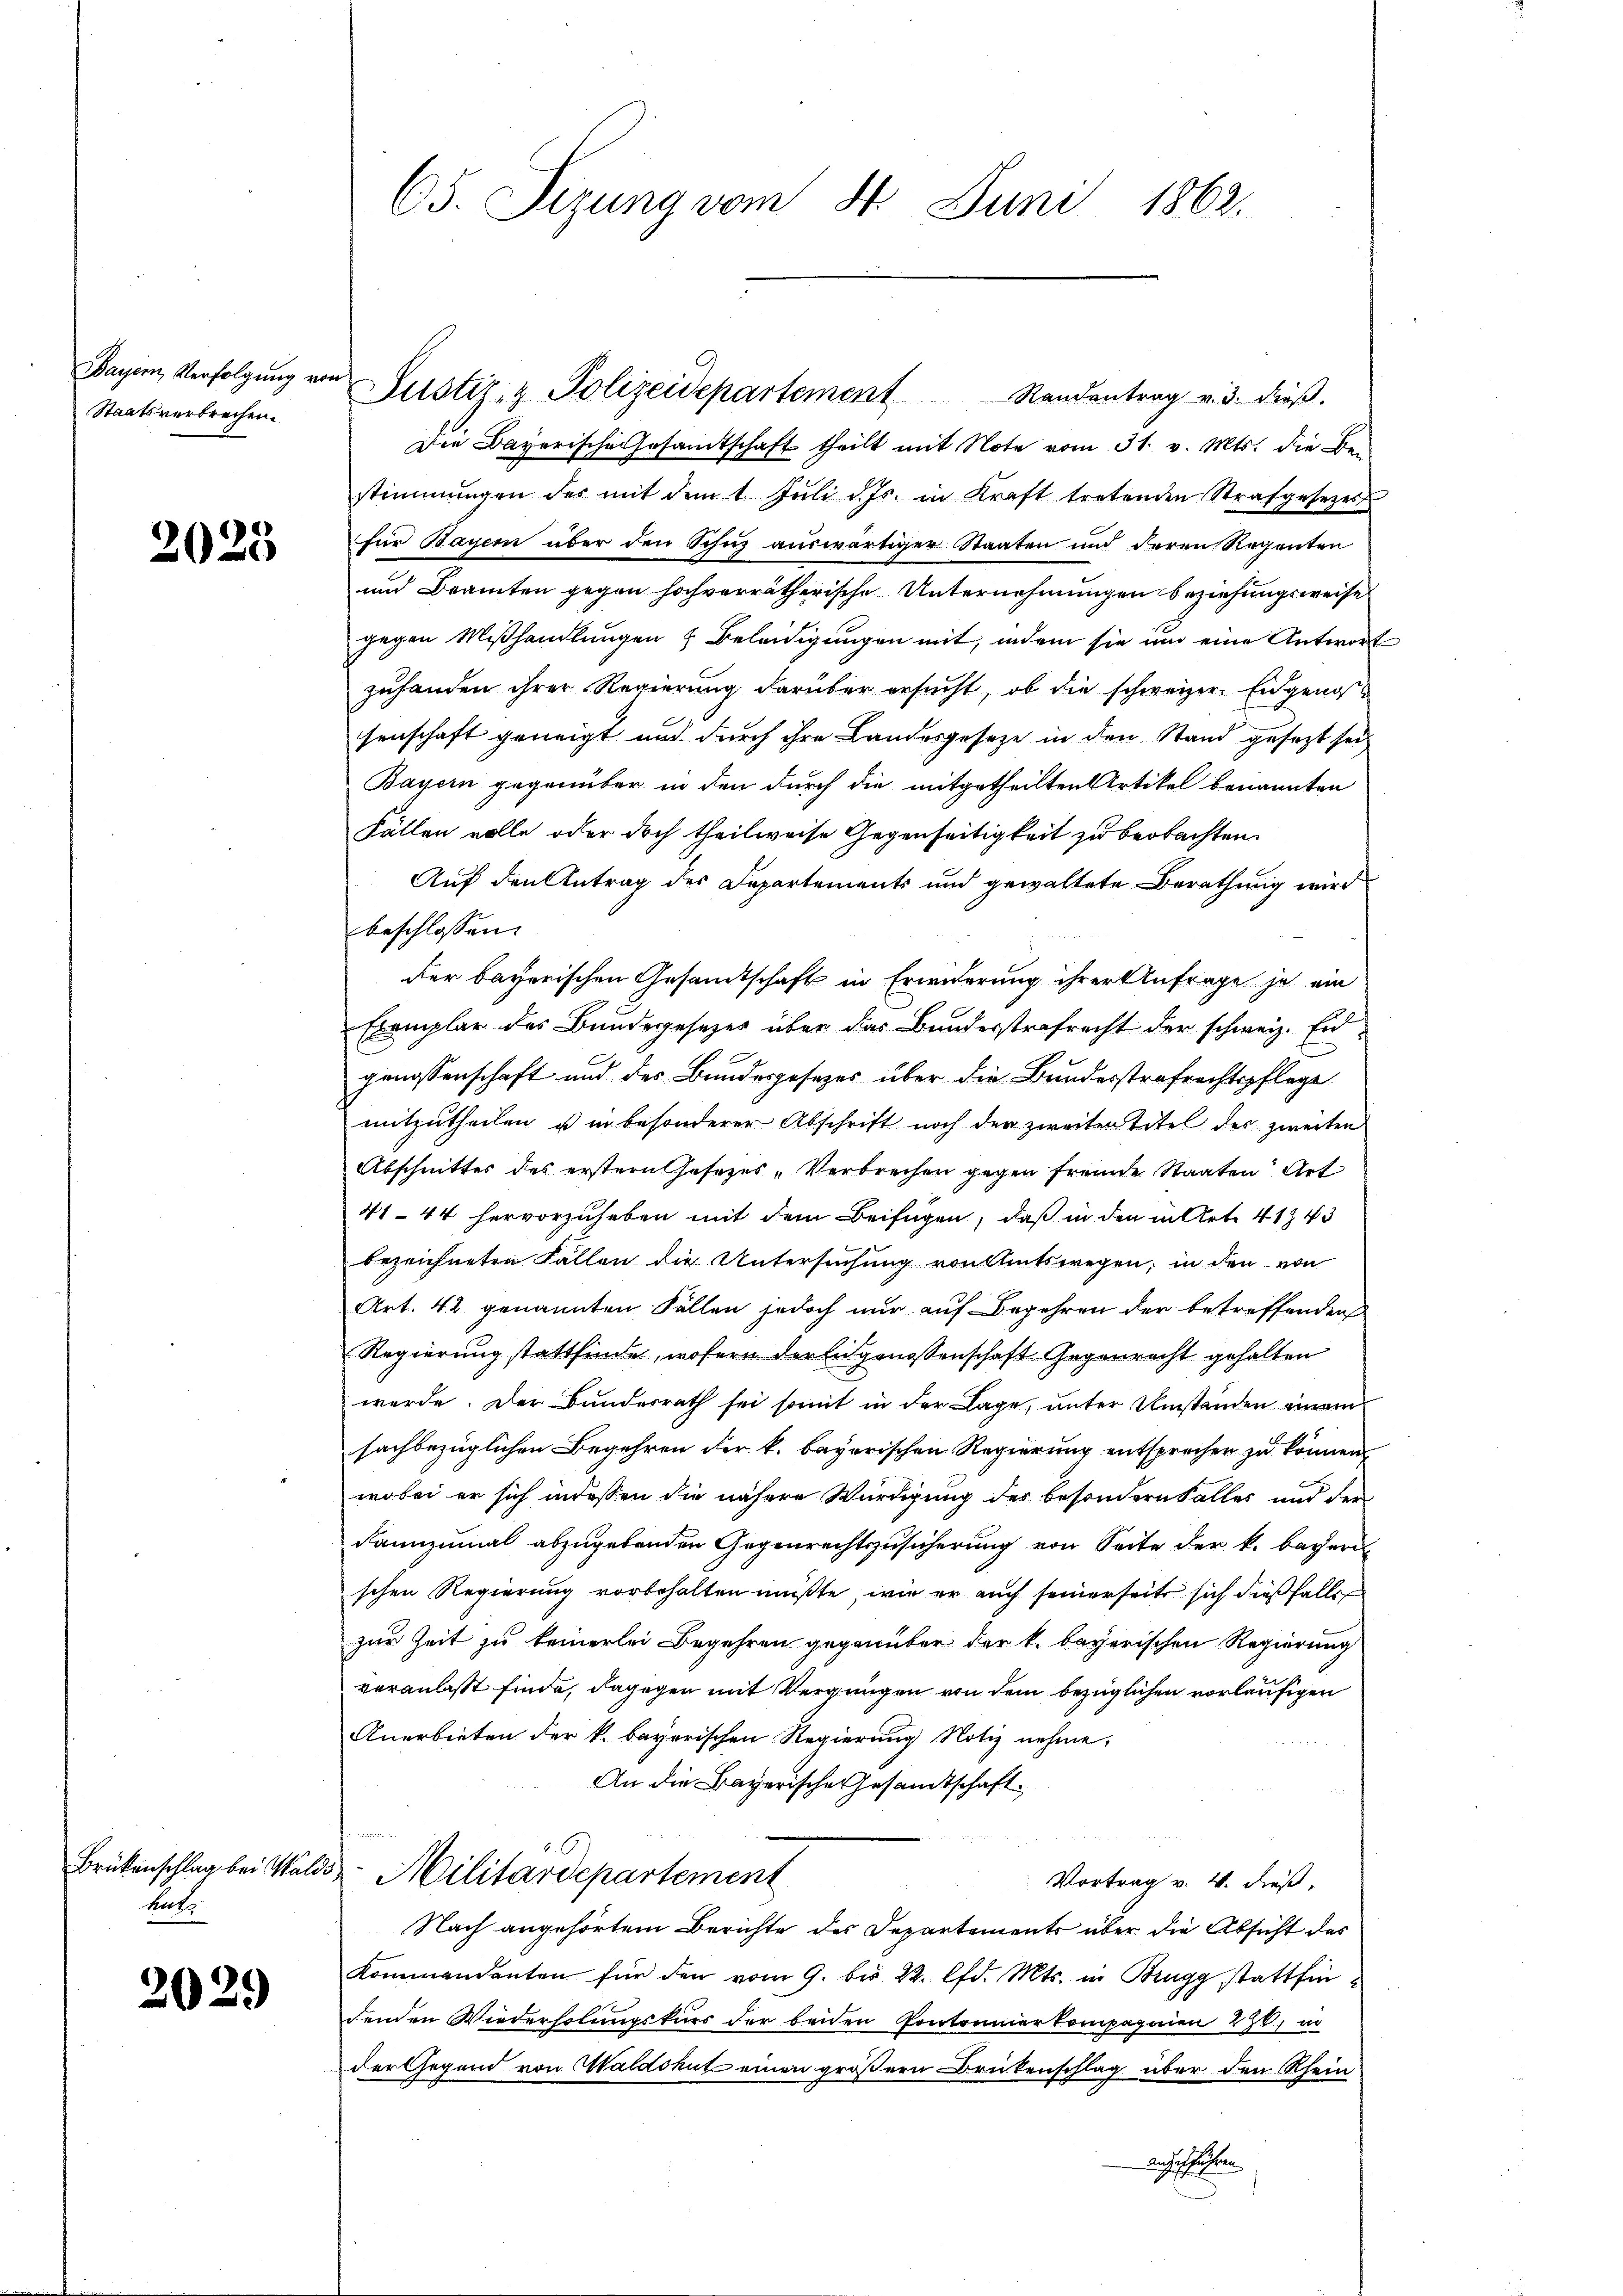
Staatsverbrechen.

2025

Brükenschlag bei Waldi
hat

2029

65. Sizung vom 4. Juni 1862.

Die Bayerische Gesamtschaft theilt mit Note vom 31. v. Mts. die Bestimmungen der mit dem 1. Jŭli d. Js. in Kraft tretenden Strafgesezes
für Bayer über den Schn auswärtiger Staaten und deren Regenten
und Beamten gegen hochverrätherische Unternehmungen beziehungsweise
gegen Mißhandlungen & Beleidigungen mit, indem sie um eine Antwort
zuhanden ihrer Regierung darüber ersucht, ob die schweizer. Eidgenossenschaft geneigt und durch ihre Landesgesetze in den Stand gesezt sei
Bayern gegenüber in den durch die mitgetheilten Artikel benannten
Fällen volle oder doch theilweise Gegenseitigkeit zu beobachten.
Auf den Antrag des Departements und gewaltete Berathung wird
beschlossen:
der bayerischen Gesamtschaft in Erwiderung ihrer Anfrage je ein
Exemplar des Bundegesezes über das Bundesstrafrecht der schweiz. Eidgenossenschaft und des Bundesgesezes über die Bundesstrafrechtspflege
mitzutheilen u in besonderer Abschrift noch der zweiten Titel der zweiten
Abschnittes des erstern Gesezes, Verbrechen gegen fremde Staaten Art
4144 hervorzuheben mit dem Beifügen, daß in den in Art. 41. 43
bezeichneten Fällen die Untersuchung von Amtswegen; in den von
Art. 42. genannten Fällen jedoch nur auf Begehren der betreffenden
Regierung stattfinde, wofern der Eidgenossenschaft Gegenrecht gehalten
werde. Der Bundesrath sei somit in der Lage, unter Umständen einem
sachbezüglichen Begehren der k. bayerischen Regierung entsprechen zu können,
wobei er sich indessen die nähere Würdigung des besondern Falles und der
Rannzumal abzugebenden Gegenrechtszusicherung von Seite der k. bayeri
schen Regierung vorbehalten müßte, wie er auch seinerseits sich dießfalls
zur Zeit zu keinerlei Begehren gegenüber der k. bayerischen Regierung
veranlaßt finde, dagegen mit Vergnügen von dem bezüglichen vorläufigen
Anerbieten der k. bayerischen Regierung Notiz nehme,
An die Bayerische Gesandtschaft.
Militärdepartement
Vortrag v. 4. dieß,
Nach angehörtem Berichte des Departements über die Absicht des
Kommendanten für den vom 9. bis 22. lfd. Mts. in Brugg stattfindenden Wiederholungskurs der beiden Pontonnierkompagnien 290, in
der Gegend von Waldshut einen größern Drukenschlag über den Rhein
augeführen

Bayer Verfolgŭng von Justiz- & Polizeidepartement Randantrag v. 3. dieβ.